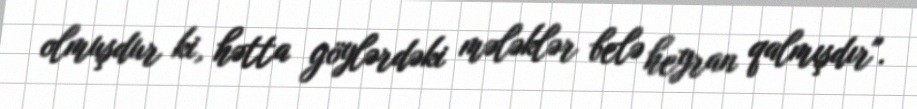
olmuşdur ki, hətta göylərdəki mələklər belə heyran qalmışdır".